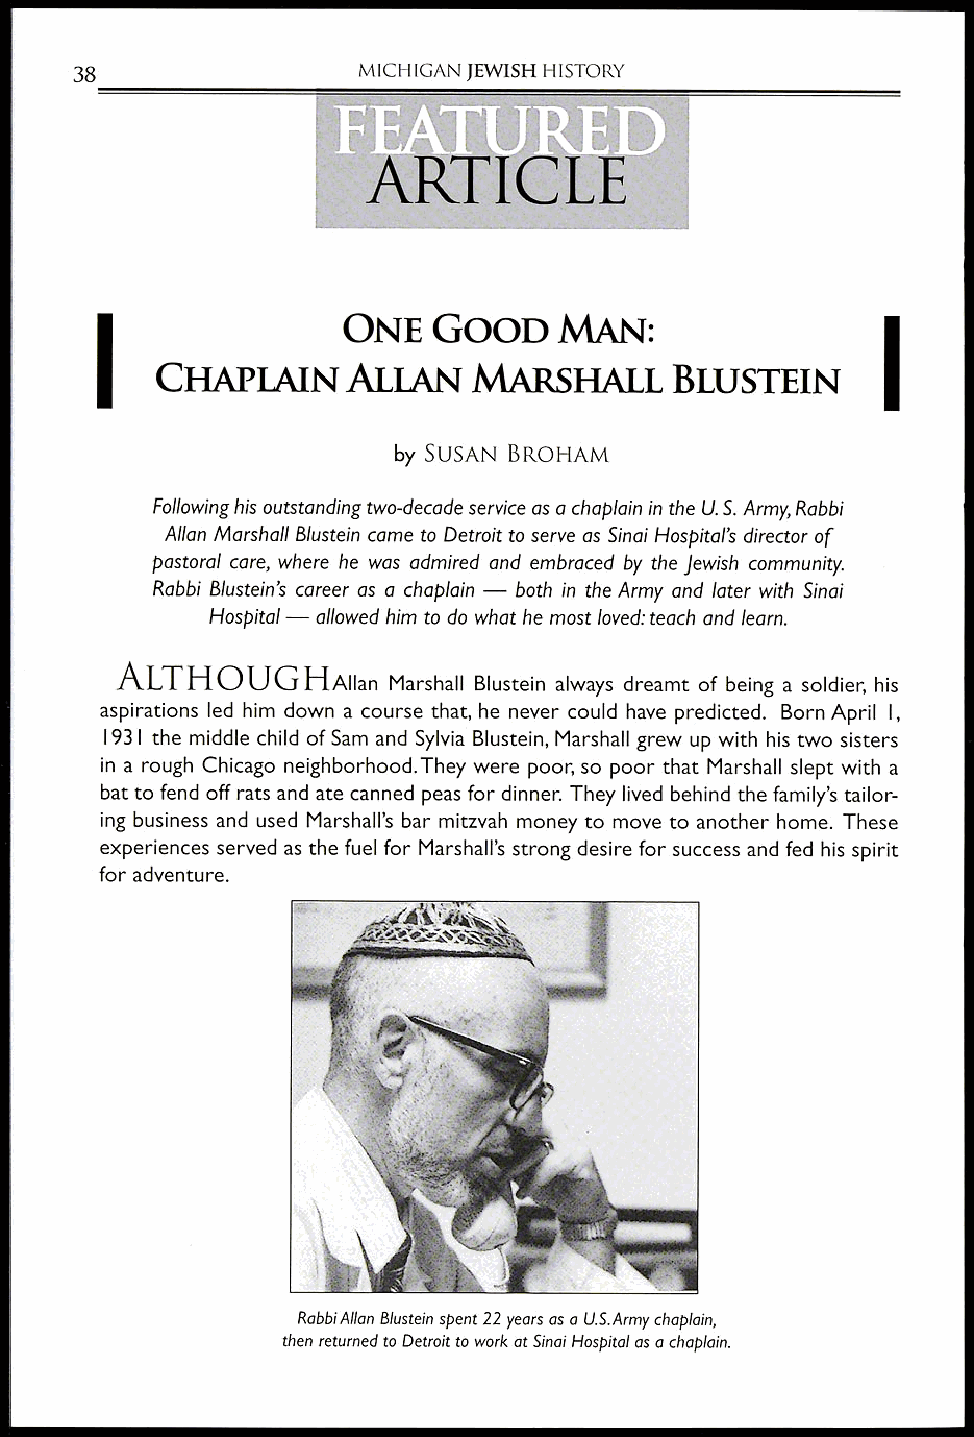
38                 MICHIGAN JEWISH 1-I !STORY
 I
 ONE   GOOD    MAN:
 CHAPLAIN     ALLAN   MARSHALL     BLUSTEIN
 by SUSAN BROHAM
 Following his outstanding two-decade service as a chaplain in the U. S. Army, Rabbi
 Allan Marshall Blustein came to Detroit to serve as Sinai Hospital's director of
 pastoral core, where he was admired and embraced by the Jewish community.
 Rabbi Blustein's career as a chaplain — both in the Army and later with Sinai
 Hospital — allowed him to do what he most loved: teach and learn.
 ALTHOUGHAIIan
 Marshall Blustein always dreamt of being a soldier, his
 aspirations led him down a course that, he never could have predicted. Born April I,
 1931 the middle child of Sam and Sylvia Blustein, Marshall grew up with his two sisters
 in a rough Chicago neighborhood.They were poor, so poor that Marshall slept with a
 bat to fend off rats and ate canned peas for dinner. They lived behind the family's tailor-
 ing business and used Marshall's bar mitzvah money to move to another home. These
 experiences served as the fuel for Marshall's strong desire for success and fed his spirit
 for adventure.
 Rabbi Allan Blustein spent 22 years as a U.S.Army chaplain,
 then returned to Detroit to work at Sinai Hospital as a chaplain.